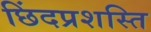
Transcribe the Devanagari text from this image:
छिंदप्रशस्ति